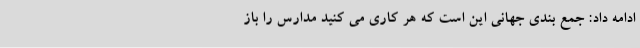
ادامه داد: جمع بندی جهانی این است که هر کاری می کنید مدارس را باز